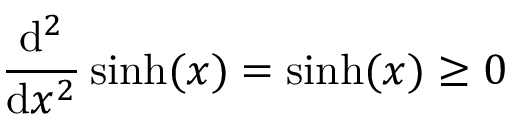
\frac { \mathrm { d } ^ { 2 } } { \mathrm { d } x ^ { 2 } } \sinh ( x ) = \sinh ( x ) \geq 0